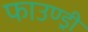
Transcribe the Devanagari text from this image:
फाउण्ड्री